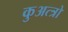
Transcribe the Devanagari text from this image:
कुअत्त्रो